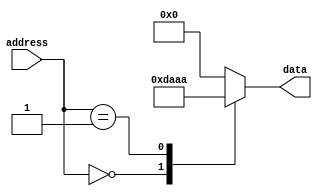
module Masked_ROM (
    input wire [7:0] address,
    output reg [7:0] data
    );

    always @* begin
        case(address)
            8'b00000000: data = 8'b11011010; // Example data stored at address 0
            8'b00000001: data = 8'b10101010; // Example data stored at address 1
            // Add more cases for additional memory blocks as needed
            default: data = 8'b00000000; // Default case for unmatched addresses
        endcase
    end

endmodule